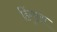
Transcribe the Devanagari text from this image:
हिंगुला